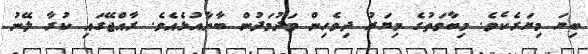
ބިޔަ މިޔަރެކެވެ. މިބާވަތުގެ މިޔަރު ދިވެހިން މަދުމަދުން ބާނާއުޅެއެވެ. ރާއްޖޭގައި ކުރާ ލޭނު